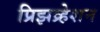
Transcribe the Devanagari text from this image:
प्रिझव्र्हेशन